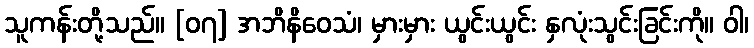
သူကန်းတို့သည်။ [၀၇] အဘိနိဝေသံ၊ မှားမှား ယွင်းယွင်း နှလုံးသွင်းခြင်းကို။ ဝါ၊